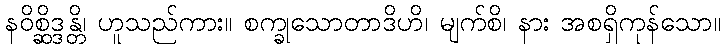
နဝိစ္ဆိဒ္ဒန္တိ၊ ဟူသည်ကား။ စက္ခုသောတာဒိဟိ၊ မျက်စိ၊ နား အစရှိကုန်သော။